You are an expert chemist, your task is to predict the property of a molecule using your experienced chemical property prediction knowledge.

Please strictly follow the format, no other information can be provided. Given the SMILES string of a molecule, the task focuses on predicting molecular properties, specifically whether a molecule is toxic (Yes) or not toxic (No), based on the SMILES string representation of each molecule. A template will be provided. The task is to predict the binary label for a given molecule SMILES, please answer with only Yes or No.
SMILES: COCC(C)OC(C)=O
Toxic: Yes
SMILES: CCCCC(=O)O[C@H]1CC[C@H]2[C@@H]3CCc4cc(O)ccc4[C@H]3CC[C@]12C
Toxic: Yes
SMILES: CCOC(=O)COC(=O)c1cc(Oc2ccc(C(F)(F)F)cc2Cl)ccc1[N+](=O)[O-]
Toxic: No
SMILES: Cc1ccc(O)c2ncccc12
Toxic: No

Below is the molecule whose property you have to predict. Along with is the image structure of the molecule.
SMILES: CCCCCCCCCCCCN(CCO)CCO
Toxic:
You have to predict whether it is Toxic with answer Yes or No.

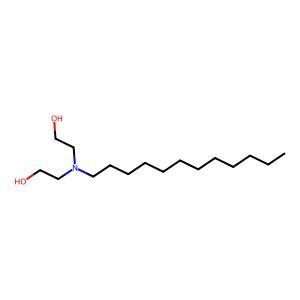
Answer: No